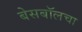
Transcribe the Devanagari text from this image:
बेसबॉलचा